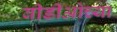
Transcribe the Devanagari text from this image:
बीडीओच्या